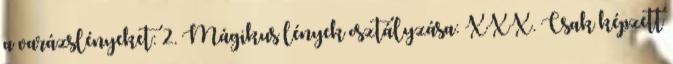
a varázslényeket: 2. Mágikus lények osztályzása: XXX. Csak képzett